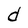
Character: d